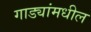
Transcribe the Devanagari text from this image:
गाड्यांमधील